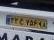
۲۲ع۲۵۶۹۸